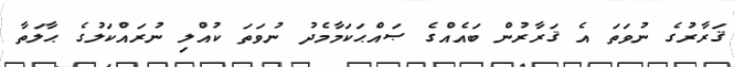
ޤަރާރުގެ ނުވަތަ އެ ޤަރާރުން ބައެއްގެ ޞައްޙަކަމާމެދު ނުވަތަ ކުއްލި ނުރައްކަލުގެ ޙާލަތާ